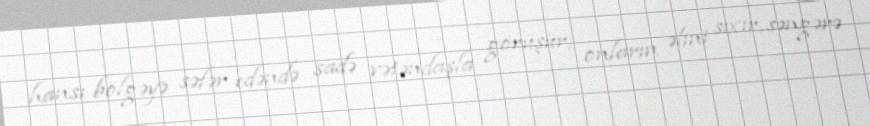
hansı bölgəyə səfər edəndə sadə vətəndaşla görüşür, onların əlini sıxır, səngərə